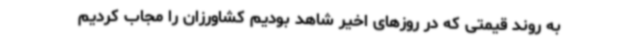
به روند قیمتی که در روزهای اخیر شاهد بودیم کشاورزان را مجاب کردیم